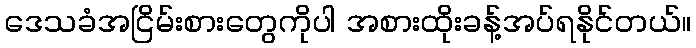
ဒေသခံအငြိမ်းစားတွေကိုပါ အစားထိုးခန့်အပ်ရနိုင်တယ်။